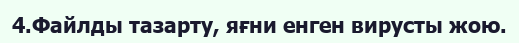
4.Файлды тазарту, яғни енген вирусты жою.